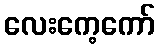
လေးကေ့ကော်